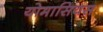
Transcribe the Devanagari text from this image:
योमासियस